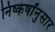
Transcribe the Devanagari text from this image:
निष्कर्षांनुसार